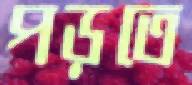
পড়তে